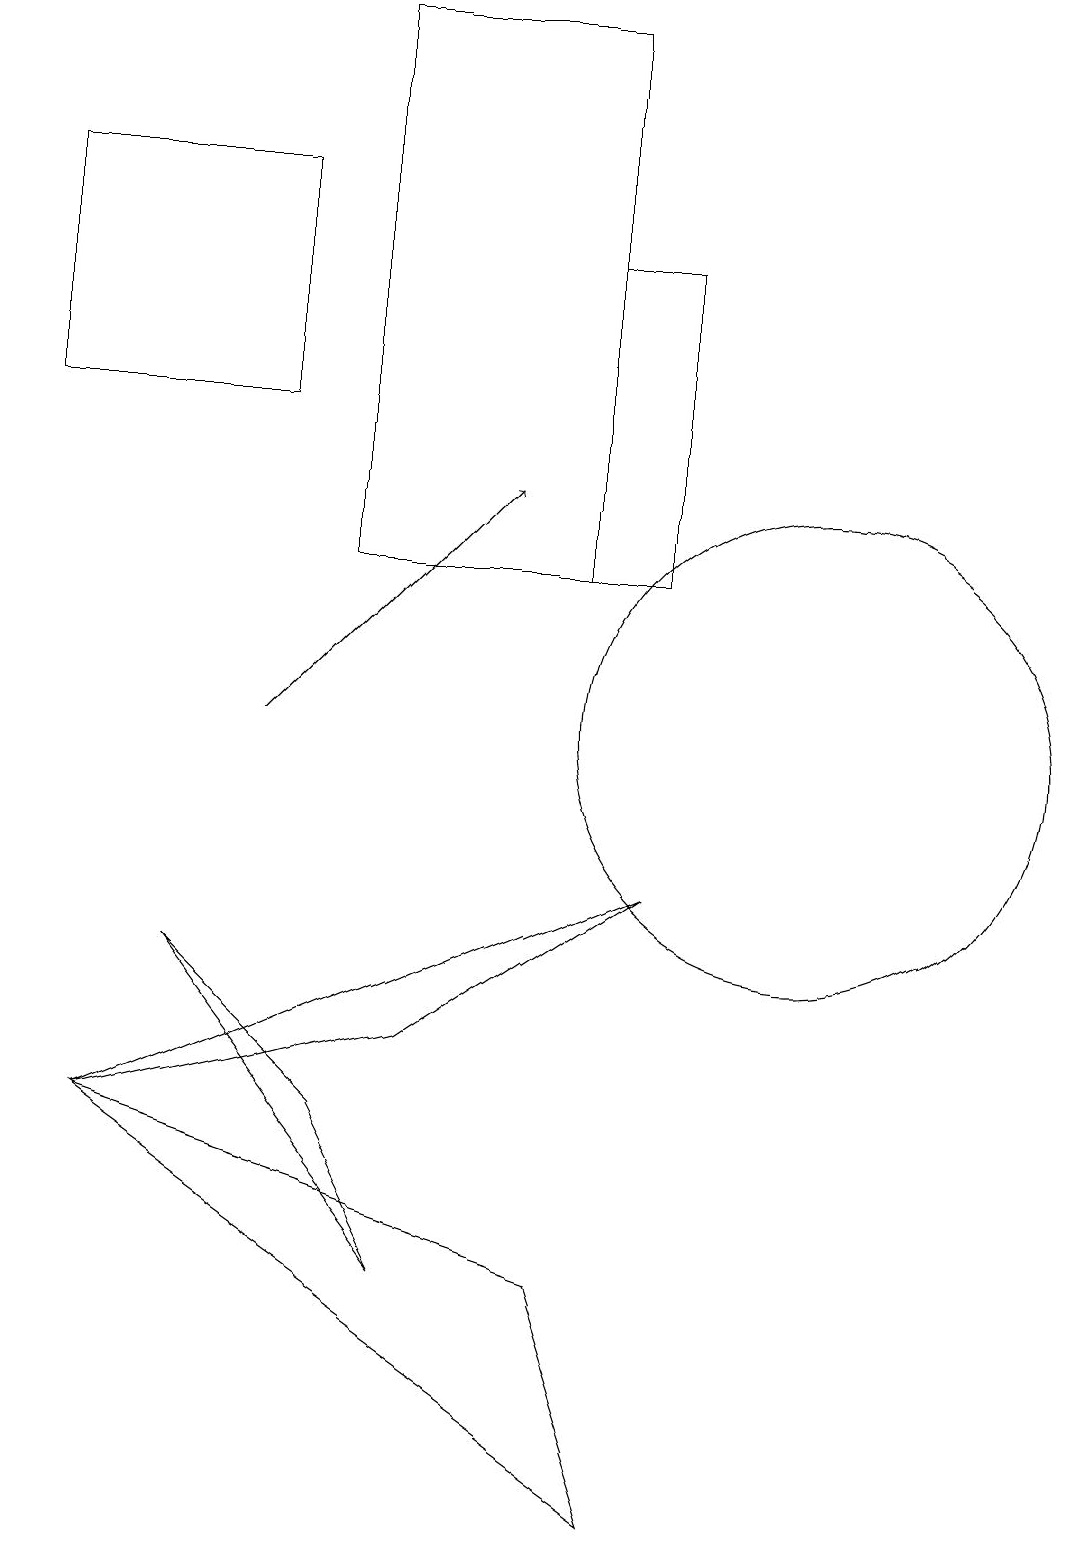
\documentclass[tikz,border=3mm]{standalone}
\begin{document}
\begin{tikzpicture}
\draw (1,5) -- (7,3) -- (8,0) -- cycle;
\draw[->] (3,10) -- (6,13);
\draw (8,8) -- (5,6) -- (1,5) -- cycle;
\draw (7,16) rectangle (8,12);
\draw (2,7) -- (4,5) -- (5,3) -- cycle;
\draw (7,19) rectangle (4,12);
\draw (0,17) rectangle (3,14);
\draw (10,10) circle (3);
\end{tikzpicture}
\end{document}